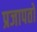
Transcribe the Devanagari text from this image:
प्रजापतों